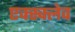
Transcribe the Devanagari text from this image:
एक्स्क्लेव